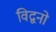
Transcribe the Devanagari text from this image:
विद्वनो